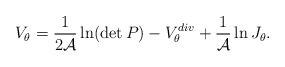
\begin{align*}V_\theta = {1\over 2{\cal A}}\ln(\det P)- V_\theta^{div} +{1\over{\cal A}}\ln J_\theta . \end{align*}